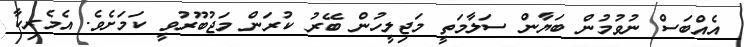
އެއްބަސް ނުވުމުން ބަޔާން ސަލާމަތީ މަޖިލީހުން ބޭރު ކުރަން މަޖުބޫރުވީ ކަމަށެވެ. އެމެރިކާ